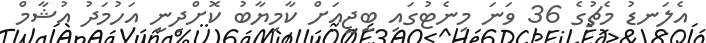
އެލަނޑު މެޗުގެ 36 ވަނަ މިނެޓުގައި ބީޖީއަށް ކާމިޔާބު ކޮށްދިނީ އަހުމަދު އުޝާމް